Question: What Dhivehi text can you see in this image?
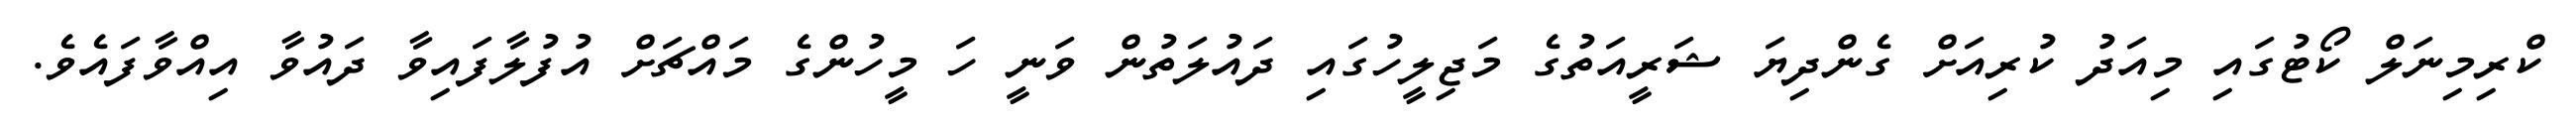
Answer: ކްރިމިނަލް ކޯޓުގައި މިއަދު ކުރިއަށް ގެންދިޔަ ޝަރީއަތުގެ މަޖިލީހުގައި ދައުލަތުން ވަނީ ހަ މީހުންގެ މައްޗަށް އުފުލާފައިވާ ދައުވާ އިއްވާފައެވެ.